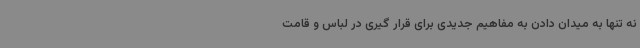
نه تنها به میدان دادن به مفاهیم جدیدی برای قرار گیری در لباس و قامت